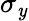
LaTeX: \sigma_{\mathit{y}}